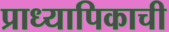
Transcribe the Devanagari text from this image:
प्राध्यापिकाची